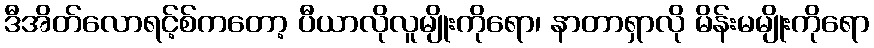
ဒီအိတ်လောရင့်စ်ကတော့ ပီယာလိုလူမျိုးကိုရော၊ နာတာရှာလို မိန်းမမျိုးကိုရော